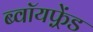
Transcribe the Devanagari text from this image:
ब्वॉयफ़्रेंड